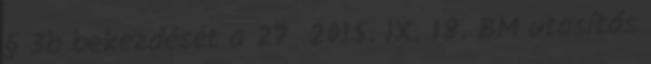
§ 3b bekezdését a 27 2015. IX. 18. BM utasítás